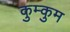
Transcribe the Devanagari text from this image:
कुम्कुम